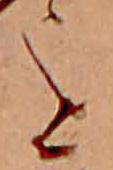
を